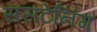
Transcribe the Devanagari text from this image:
ससटेनिंग